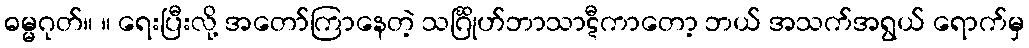
ဓမ္မဂုတ်။ ။ ရေးပြီးလို့ အတော်ကြာနေတဲ့ သင်္ဂြိုဟ်ဘာသာဋီကာတော့ ဘယ် အသက်အရွယ် ရောက်မှ